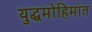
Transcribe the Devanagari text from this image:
युद्धमोहिमांत